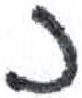
אות: נ